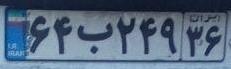
۶۴ب۲۴۹۳۶